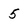
Character: 5